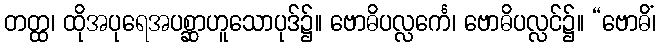
တတ္ထ၊ ထိုအပုရေအပစ္ဆာဟူသောပုဒ်၌။ ဗောဓိပလ္လင်္ကေ၊ ဗောဓိပလ္လင်၌။ “ဗောဓိံ၊